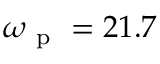
\omega _ { \mathrm { ~ p ~ } } = 2 1 . 7